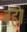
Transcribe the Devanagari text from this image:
बहो।